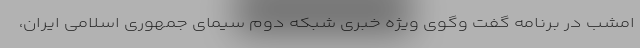
امشب در برنامه گفت وگوی ویژه خبری شبکه دوم سیمای جمهوری اسلامی ایران،